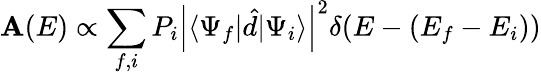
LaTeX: \mathbf{A}(E)\propto\sum_{f,i}P_{i}\left|\langle\Psi_{f}|\hat{{d}}|\Psi_{i}\rangle\right|^{2}\delta(E-(E_{f}-E_{i}))